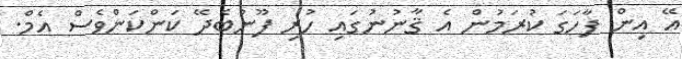
އޭ އިން ފާހަގަ ކުރަމުން އެ ޤާނުނުގައި ހުރި ފޫނުބެދޭ ކަންކަންވެސް އެމް.